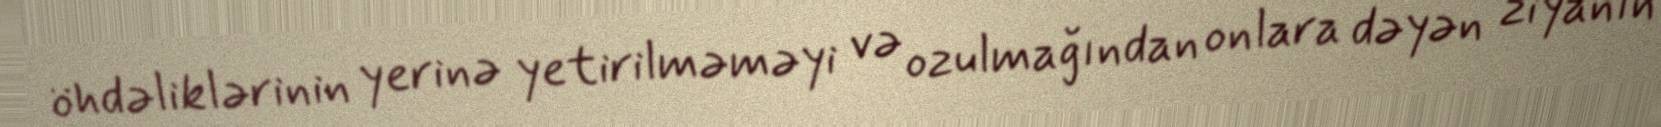
öhdəliklərinin yerinə yetirilməməyi və ozulmağından onlara dəyən ziyanın